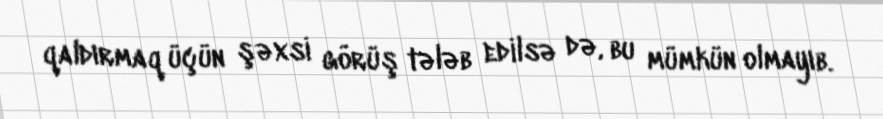
qaldırmaq üçün şəxsi görüş tələb edilsə də, bu mümkün olmayıb.